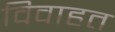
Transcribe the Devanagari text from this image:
विवाहत